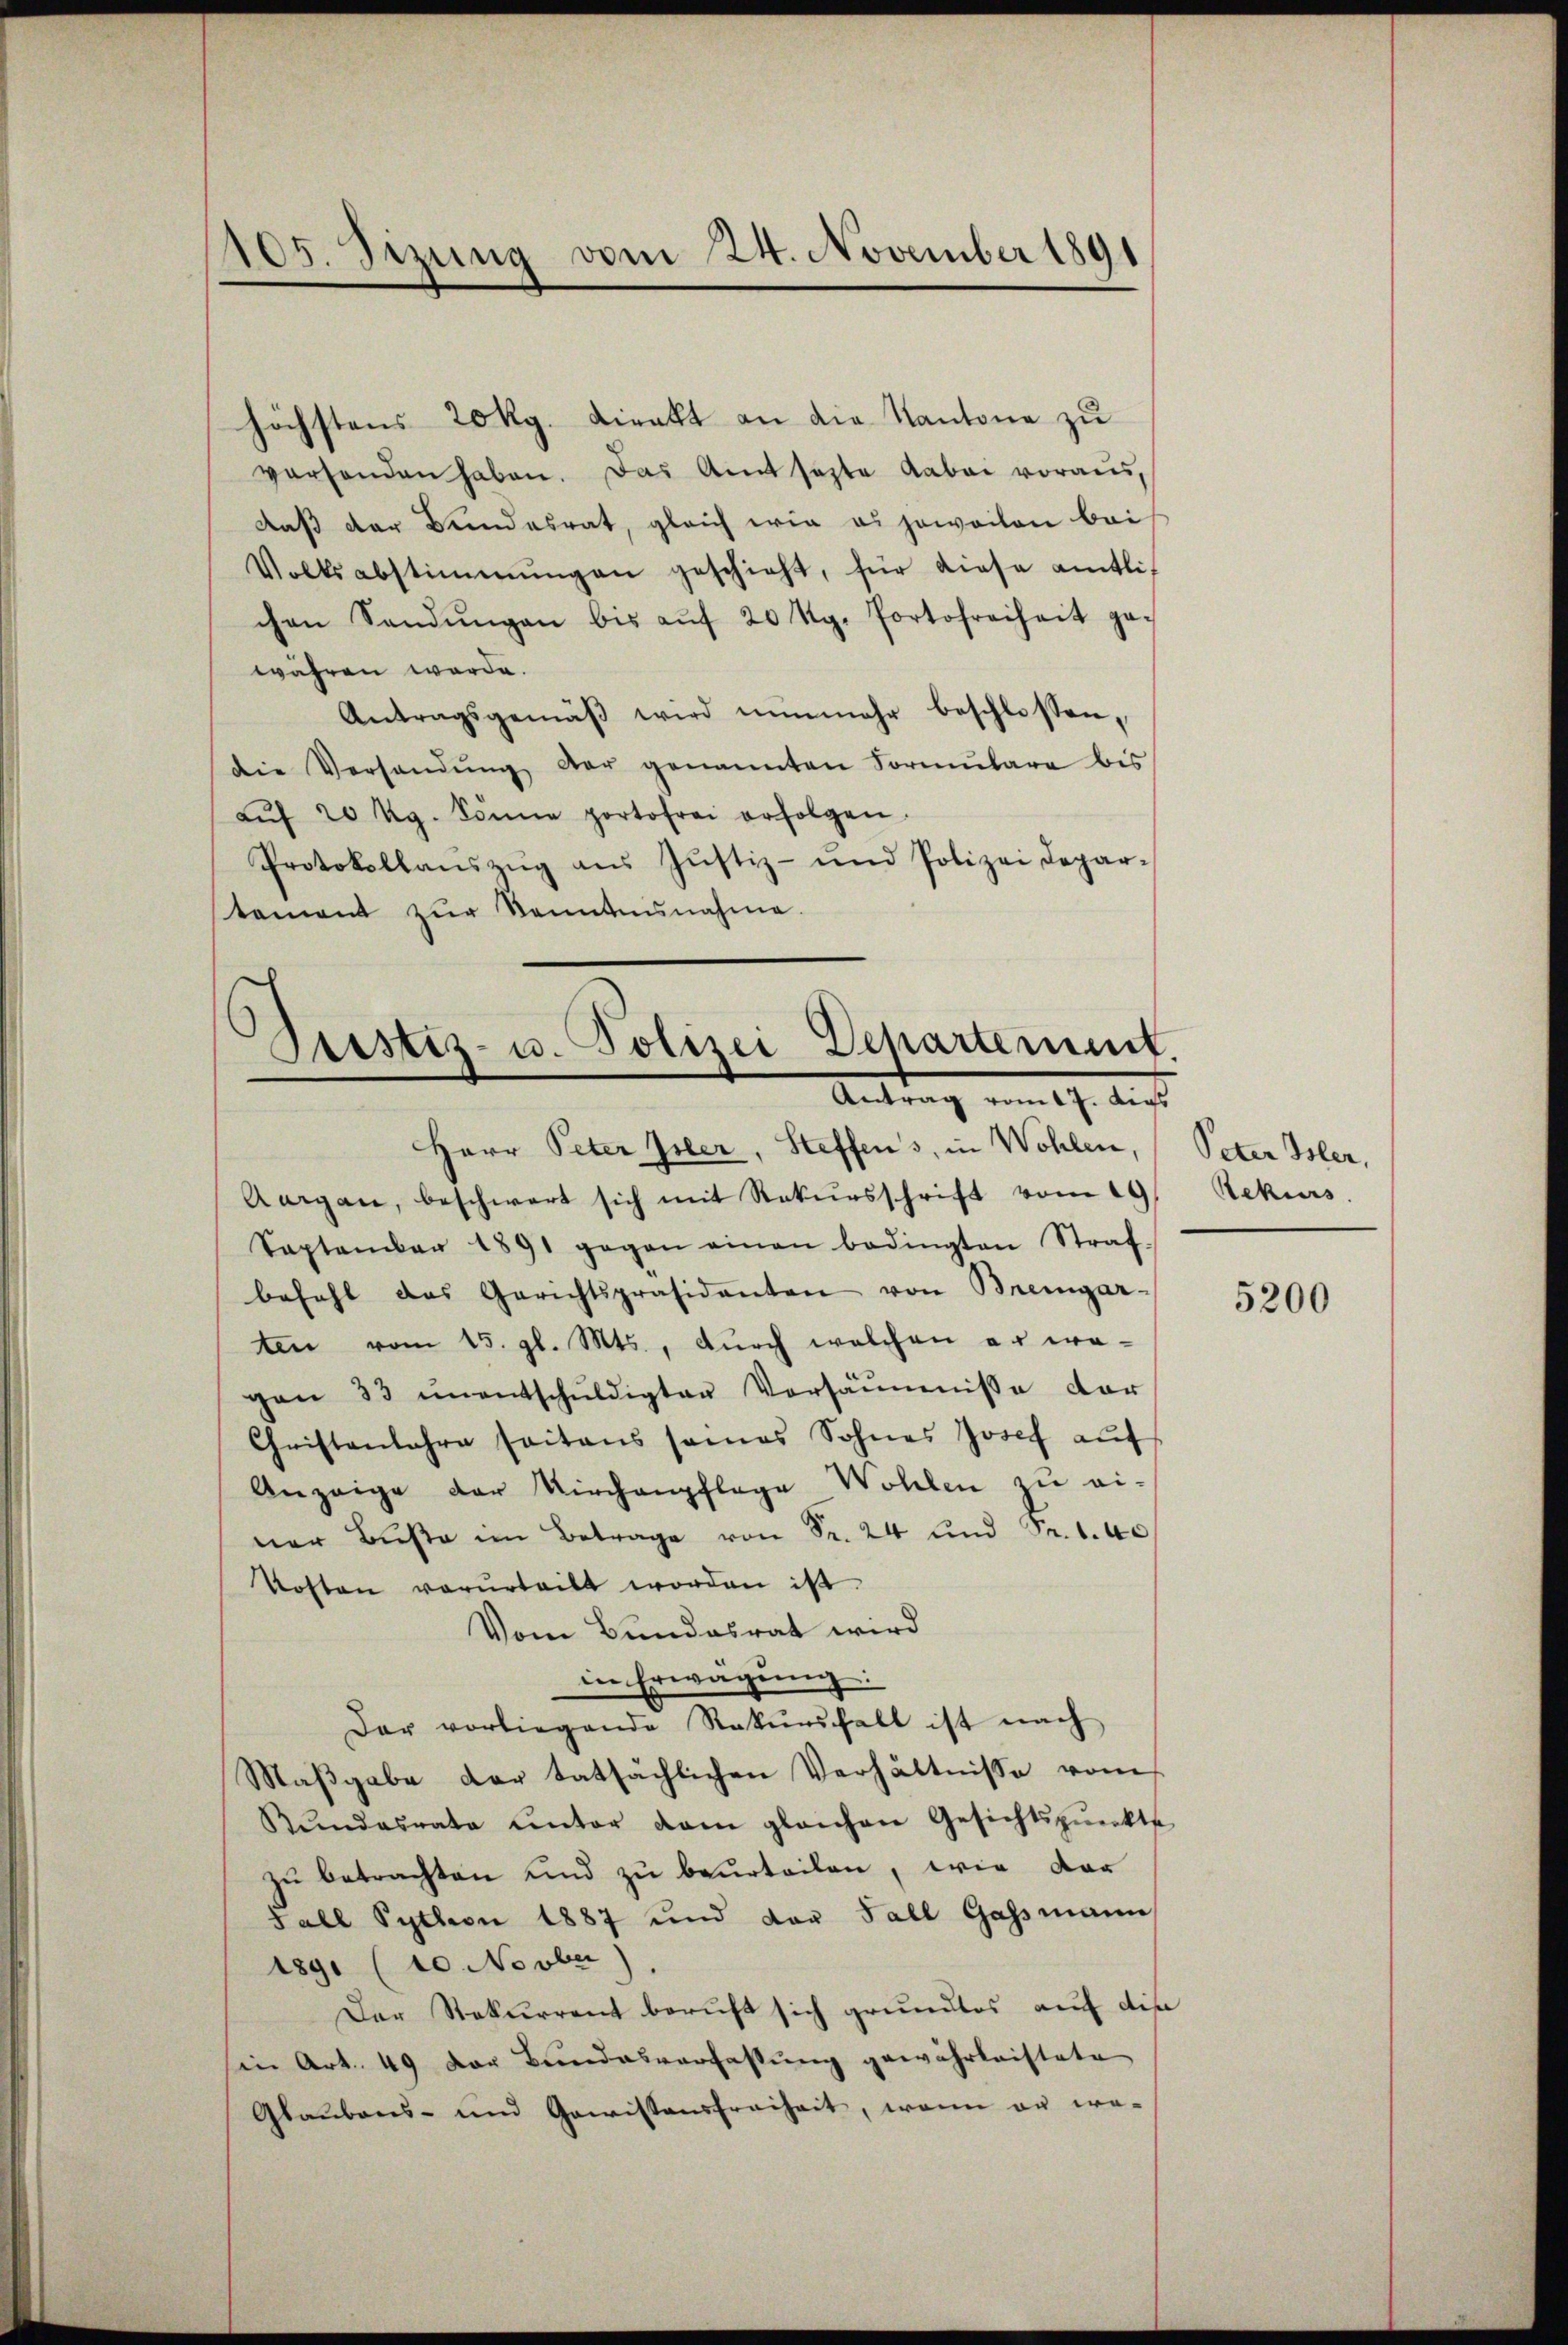
105. Sizung vom 24. November 1891

höchstens 20 kg. Direkt an die Kantone zu
vorhanden haben. Das Amt sezte dabei voraus,
daß der Bundesrat, gleich wie es jeweilen bei
Volksabstimmungen geschieht, für diese amtlichen Sandŭngen bis aŭf 20 Rg. Portofreiheit ge-
währen werde.
Antragsgemäβ wird nunmehr beschlossen,
die Versandŭng der genannten Formŭlare bis
aŭf 20 kg. Sonne portofrei erfolgen.
Protokollanszŭg aŭs Jŭstiz- und Polizei Depar-
tement zŭr Kenntnisnahme.

Prostiz- u. Polizei Departement.
Antrag vom 17. Augs
Herr Peter Isler, Steffens, in Wohlen, Peter Isler,

Aargau, beschwert sich mit Rekursschrift vom 19
September 1891 gegen einen bedingten Straf-
befehl das Gerichtspräsidenten von Bremgar-
ten vom 15. gl. Mts., dŭrch welchen er wegan 33 ŭnentschŭldigter Versäumnisse dar
Christenbahre seitens sames Sohnes Josef auf
Anzeige der Kirchenpflege Wohlen zu ei-
ner Bŭβe im Betrage von Fr. 24 und Sr. 1. 40
Kosten vorurteilt worden ist.
Vom Bundesrat wird
in Erwägung:
Der vorliegende Rekŭrsfall ist nach
Maβgabe der tatsächlichen Verhältnisse vom
Rŭndesrate unter dem gleichen Gesichtspunkte
zu betrachten und zu beurteilen, wie dor
Fall Python 1887 und von Fall Gassmann
1891 (10 No ober
Der Stekurrent beruft sich grundlos auf die
sin Art. 49 der Bundesverfassŭng gewährleistete
Glaŭbens- und Gewissensfreiheit, wenn er we-

Rekurs.

5200